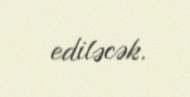
ediləcək.